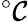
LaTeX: ^\circ\mathcal{C}